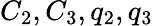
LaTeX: C_{2},C_{3},q_{2},q_{3}